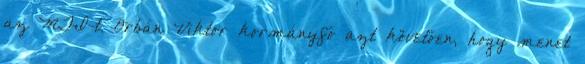
az MTI-t. Orbán Viktor kormányfő azt követően, hogy menet